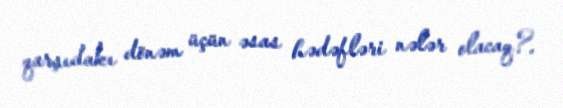
qarşıdakı dönəm üçün əsas hədəfləri nələr olacaq?.